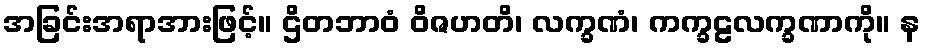
အခြင်းအရာအားဖြင့်။ ဌိတဘာဝံ ဝိဇဟတိ၊ လက္ခဏံ၊ ကက္ခဠလက္ခဏာကို။ န